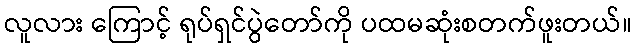
လူလား ကြောင့် ရုပ်ရှင်ပွဲတော်ကို ပထမဆုံးစတက်ဖူးတယ်။